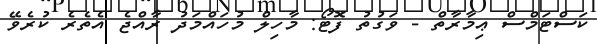
ކަސްޓަމްސް ޢިމާރާތް - ވަގުތު ފޮޓޯ: މާހިލް މުހައްމަދު ރާއްޖެ އެތެރެ ކުރެވޭ